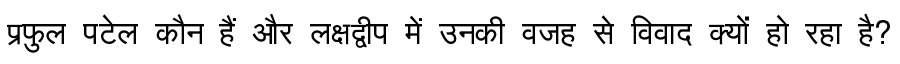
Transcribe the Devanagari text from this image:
प्रफुल पटेल कौन हैं और लक्षद्वीप में उनकी वजह से विवाद क्यों हो रहा है?